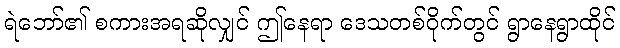
ရဲဘော်၏ စကားအရဆိုလျှင် ဤနေရာ ဒေသတစ်ဝိုက်တွင် ရွာနေရွာထိုင်